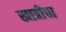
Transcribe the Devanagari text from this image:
खात्रीचा